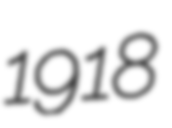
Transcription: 1918